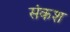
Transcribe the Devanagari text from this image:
संकश